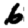
Digit: 6